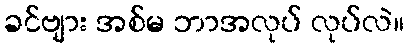
ခင်ဗျား အစ်မ ဘာအလုပ် လုပ်လဲ။